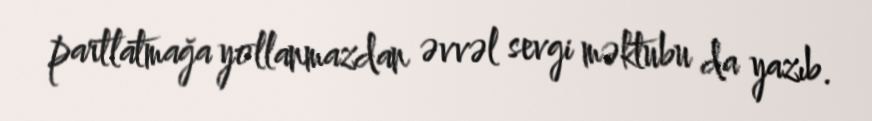
partlatmağa yollanmazdan əvvəl sevgi məktubu da yazıb.